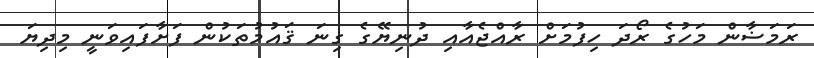
ރަމަޟާން މަހުގެ ރޯދަ ހިފުމަށް ރާއްޖެއާއި ދުނިޔޭގެ ގިނަ ޤައުމުތަކުން ފަށާފައިވަނީ މިދިޔަ